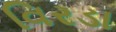
વિરડા